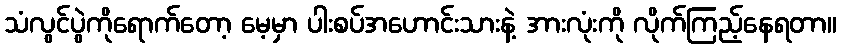
သံလွင်ပွဲကိုရောက်တော့ မေ့မှာ ပါးစပ်အဟောင်းသားနဲ့ အားလုံးကို လိုက်ကြည့်နေရတာ။